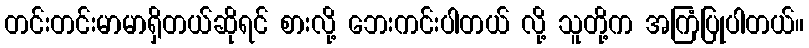
တင်းတင်းမာမာရှိတယ်ဆိုရင် စားလို့ ဘေးကင်းပါတယ် လို့ သူတို့က အကြံပြုပါတယ်။